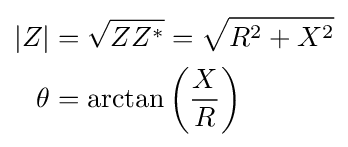
{\begin{aligned}|Z|&={\sqrt {ZZ^{*}}}={\sqrt {R^{2}+X^{2}}}\\\theta &=\arctan {\left({\frac {X}{R}}\right)}\end{aligned}}